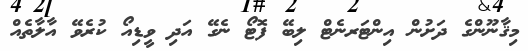
މިޤާނޫންގެ ދަށުން އިންޓަރނެޓް ލިބޭ ފޮޓޯ ނެގޭ އަދި ވީޑިއޯ ކުރެވޭ އާލާތެއް